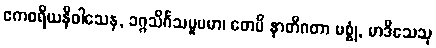
ဧကစရိယနိဝါသေန, ခဂ္ဂသိင်္ဂသမူပမာ၊ တေပိ နာတိဂတာ မစ္စုံ, မာဒိသေသု